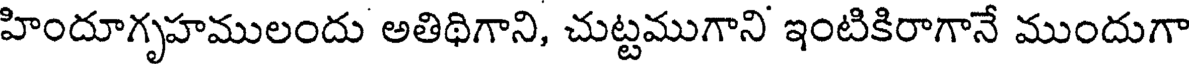
హిందూగృహములందు అతిథిగాని, చుట్టముగాని ఇంటికిరాగానే ముందుగా